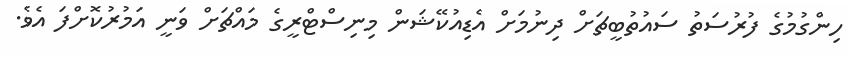
ހިންގުމުގެ ފުރުސަތު ސައުތުބީޗަށް ދިނުމަށް އެޑިއުކޭޝަން މިނިސްޓްރީގެ މައްޗަށް ވަނީ އަމުރުކޮށްފަ އެވެ.